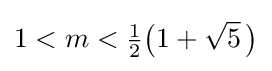
1<m<{\tfrac {1}{2}}{\bigl (}1+{\sqrt {5}}~\!{\bigr )}